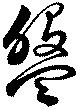
盤